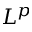
L ^ { p }